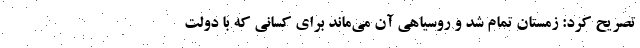
تصریح کرد: زمستان تمام شد و روسیاهی آن می‌ماند برای کسانی که با دولت